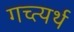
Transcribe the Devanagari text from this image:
गच्त्यर्थ